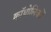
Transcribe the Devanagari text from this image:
कॉथोलिकों